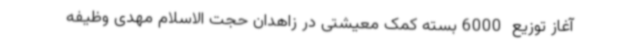
آغاز توزیع  6000 بسته کمک معیشتی در زاهدان حجت الاسلام مهدی وظیفه